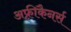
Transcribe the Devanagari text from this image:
अफ़्रीकैनर्स